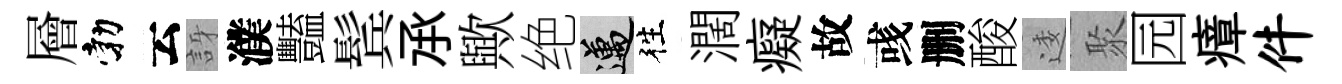
層勃云訝濮豔鬂𠄘歟绝邁徃濶癡故彧删酸逶聚园瘴件